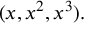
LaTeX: ( x , x ^ { 2 } , x ^ { 3 } ) .